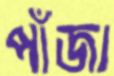
পাঁজা